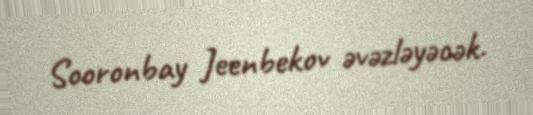
Sooronbay Jeenbekov əvəzləyəcək.